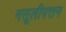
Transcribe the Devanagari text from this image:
मसूलीपत्तम